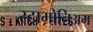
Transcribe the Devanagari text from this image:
स्ट्रामोनिअम